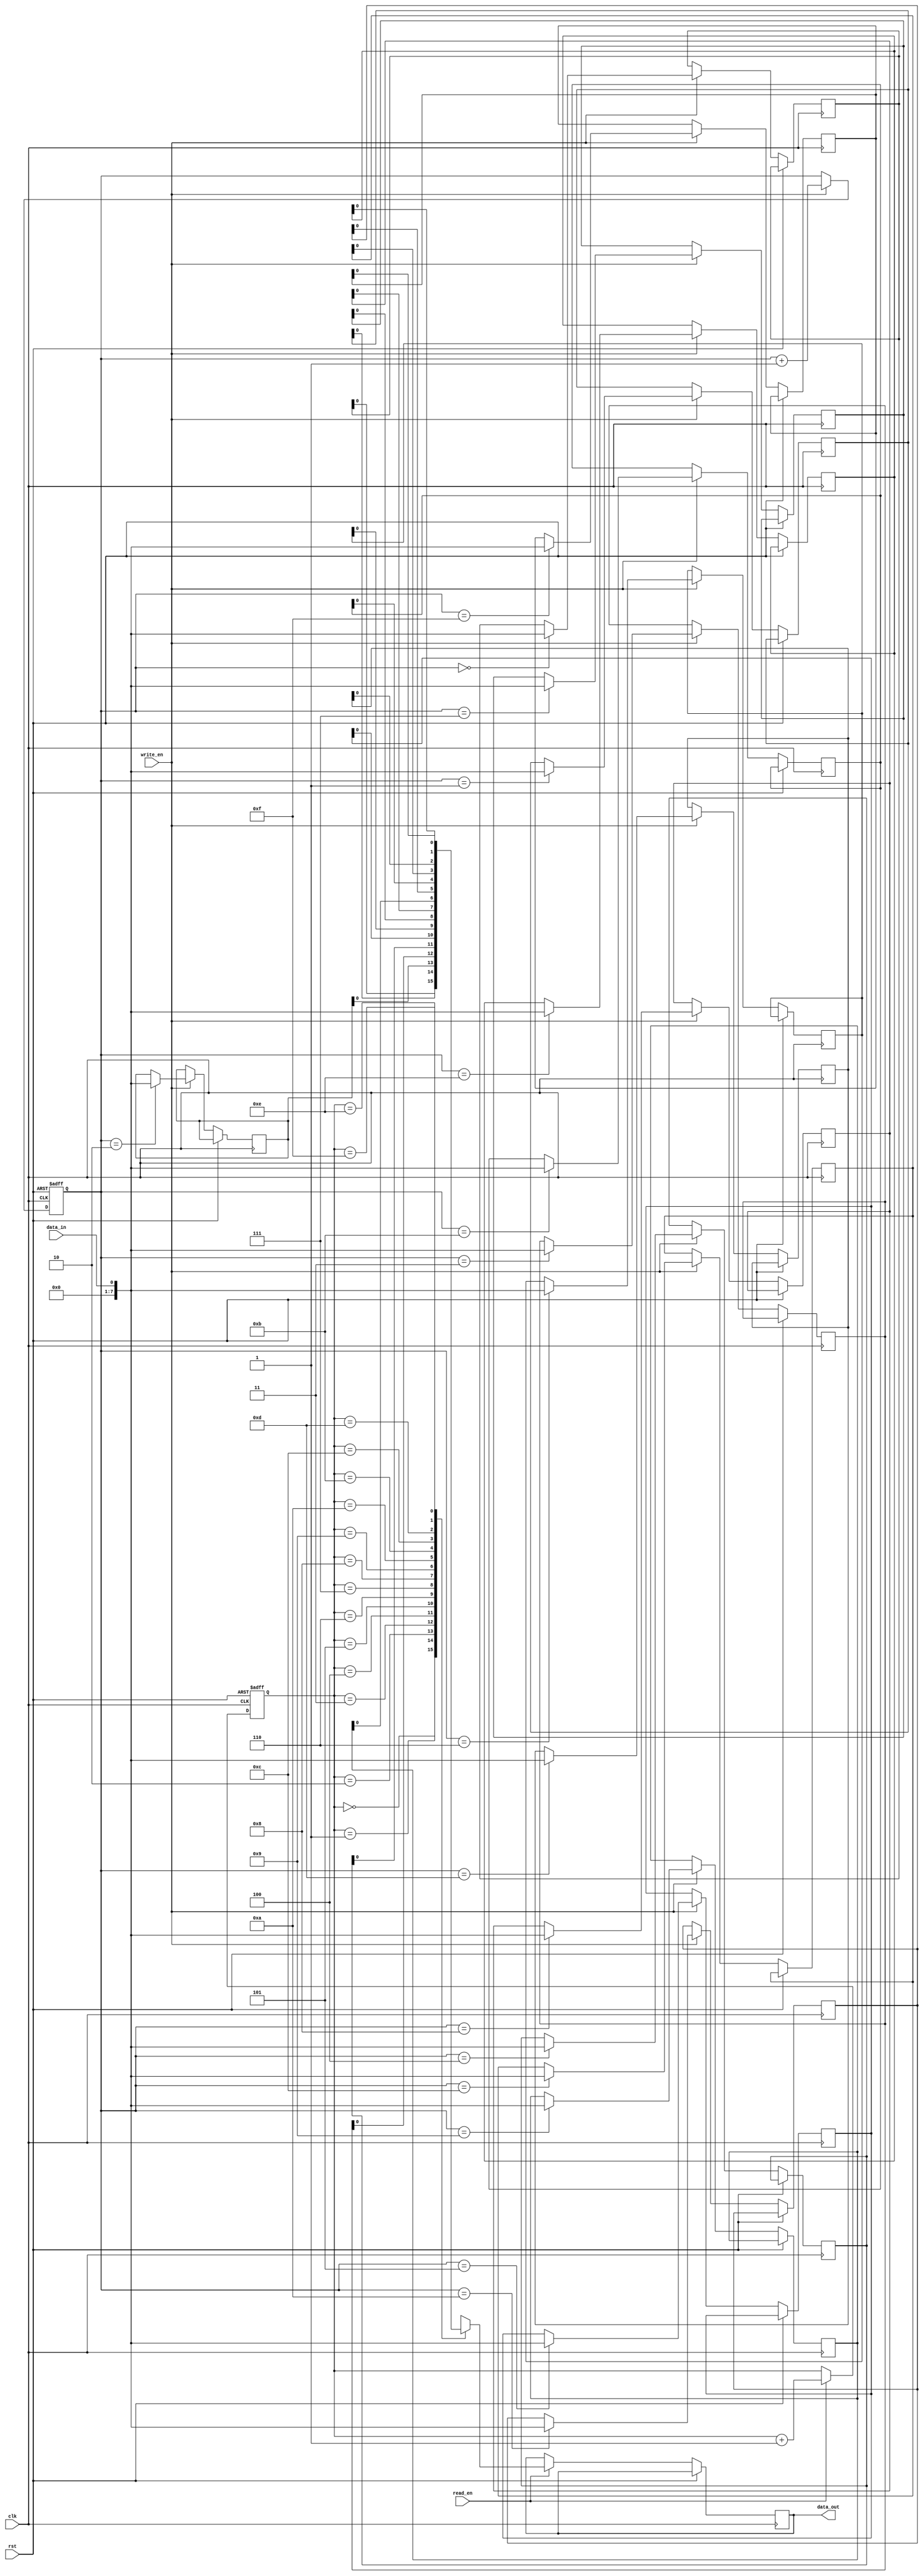
module edge_sensitive_fifo (
  input wire clk,
  input wire rst,
  input wire write_en,
  input wire read_en,
  input wire data_in,
  output wire data_out
);

reg [7:0] fifo [0:15];
reg [3:0] write_ptr;
reg [3:0] read_ptr;

always @(posedge clk or posedge rst) begin
  if (rst) begin
    write_ptr <= 4'b0000;
    read_ptr <= 4'b0000;
  end else begin
    if (write_en) begin
      fifo[write_ptr] <= data_in;
      write_ptr <= write_ptr + 1;
    end
    
    if (read_en) begin
      data_out <= fifo[read_ptr];
      read_ptr <= read_ptr + 1;
    end
  end
end

endmodule